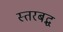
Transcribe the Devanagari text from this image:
स्तरबद्ध